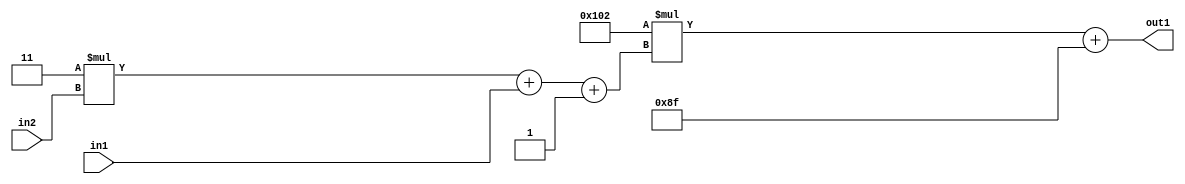
`timescale 1ps / 1ps
/*****************************************************************************
    Verilog RTL Description
    
    
    Created by: Stratus DpOpt 2019.1.01 
*******************************************************************************/

module DC_Filter_Add2i143Mul2i258Add3i1u1Mul2i3u2_1 (
	in2,
	in1,
	out1
	); /* architecture "behavioural" */ 
input [1:0] in2;
input  in1;
output [11:0] out1;
wire [11:0] asc001;
wire [3:0] asc002;

wire [3:0] asc002_tmp_0;
wire [3:0] asc002_tmp_1;
assign asc002_tmp_1 = 
	+(4'B0011 * in2);
assign asc002_tmp_0 = asc002_tmp_1
	+(in1);
assign asc002 = asc002_tmp_0
	+(4'B0001);

wire [11:0] asc001_tmp_2;
assign asc001_tmp_2 = 
	+(12'B000100000010 * asc002);
assign asc001 = asc001_tmp_2
	+(12'B000010001111);

assign out1 = asc001;
endmodule

/* CADENCE  vrTySQ0= : u9/ySgnWtBlWxVPRXgAZ4Og= ** DO NOT EDIT THIS LINE ******/